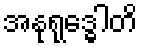
အနုရုဒ္ဓေါတိ